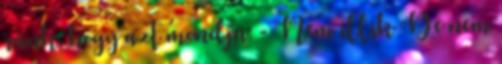
ránk, hogy azt mondja: - Nem illik De nem